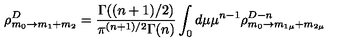
\rho _ { m _ { 0 } \rightarrow m _ { 1 } + m _ { 2 } } ^ { D } = \frac { \Gamma ( ( n + 1 ) / 2 ) } { \pi ^ { ( n + 1 ) / 2 } \Gamma ( n ) } \int _ { 0 } d \mu \mu ^ { n - 1 } \rho _ { m _ { 0 } \rightarrow m _ { 1 \mu } + m _ { 2 \mu } } ^ { D - n }